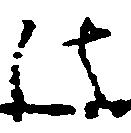
法